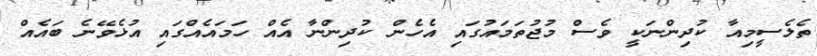
ތެލެސީމިއާ ކުދިންނަކީ ވެސް މުޖުތަމައުގައި އެހެން ކުދިންނާ އެއް ހަމައެއްގައި އުޅެވޭނެ ބައެއް